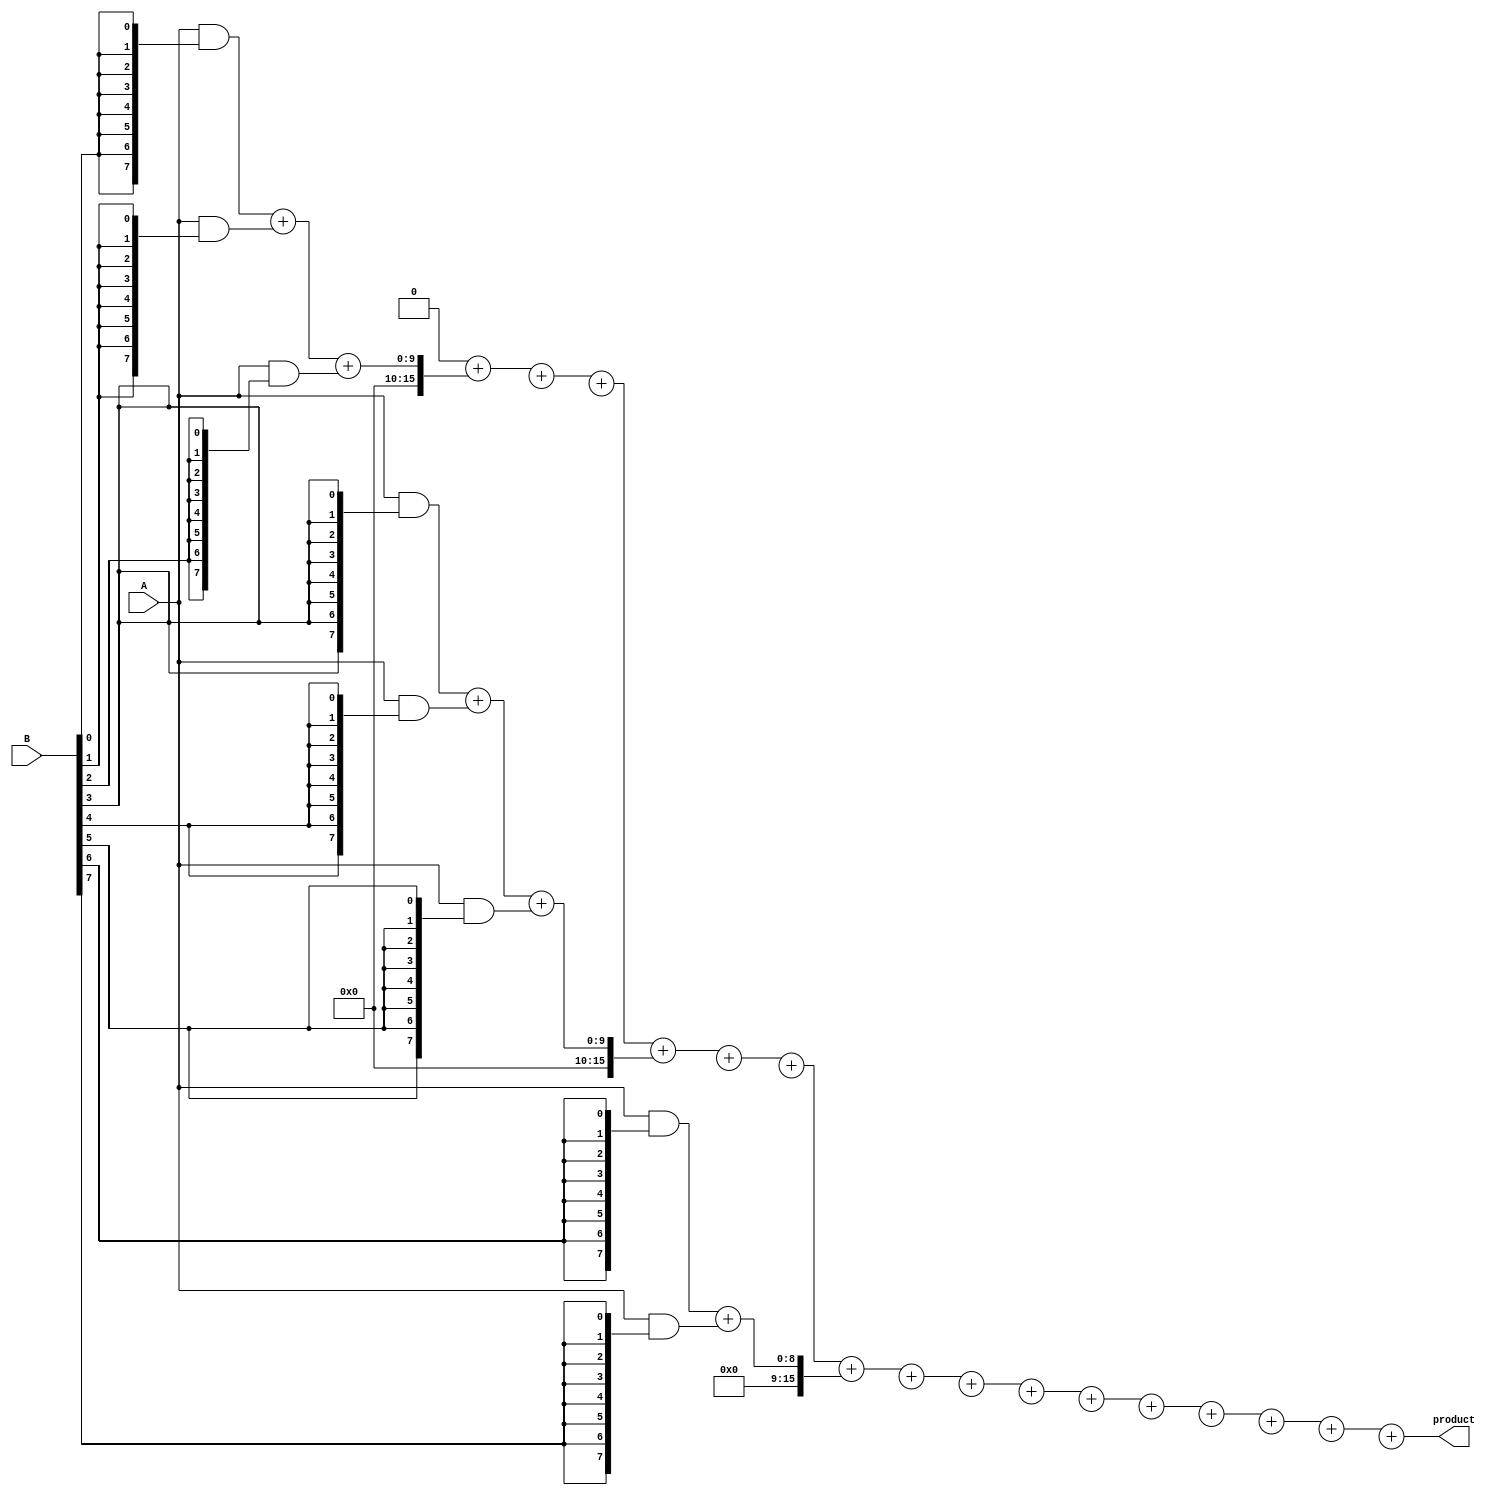
module WallaceTreeMultiplier #(parameter A_WIDTH = 8, B_WIDTH = 8)(
    input [A_WIDTH-1:0] A,
    input [B_WIDTH-1:0] B,
    output reg [A_WIDTH + B_WIDTH - 1:0] product
);
    // Internal wires for partial products
    wire [A_WIDTH-1:0] pp [0:B_WIDTH-1]; // Array of partial products
    wire [2*A_WIDTH-1:0] sum [0:A_WIDTH + B_WIDTH - 1]; // Sums for Wallace tree
    wire [A_WIDTH + B_WIDTH - 2:0] carry [0:A_WIDTH + B_WIDTH - 1]; // Carries for Wallace tree

    // Partial Product Generation
    genvar i;
    generate 
        for (i = 0; i < B_WIDTH; i = i + 1) begin: partial_products
            assign pp[i] = A & {A_WIDTH{B[i]}};
        end
    endgenerate

    // Wallace Tree Reduction
    // Stage 1: Group and reduce the partial products
    genvar j;
    generate
        for (j = 0; j < B_WIDTH; j = j + 3) begin: reduction_stage1
            if (j + 2 < B_WIDTH) begin
                // Three inputs to the full adder
                assign {carry[j], sum[j]} = pp[j] + pp[j + 1] + pp[j + 2];
            end else if (j + 1 < B_WIDTH) begin
                // Two inputs to the half adder
                assign {carry[j], sum[j]} = pp[j] + pp[j + 1];
            end else begin
                // Last single input
                assign sum[j] = pp[j];
            end
        end
    endgenerate

    // Stage 2 and subsequent stages
    // Continue reduction until one product is obtained
    integer k;
    always @(*) begin
        // Initialize the product to zero
        product = 0;

        // For simplicity, we are just adding the sums directly
        // The final addition could be optimized
        for (k = 0; k < A_WIDTH + B_WIDTH; k = k + 1) begin
            product = product + sum[k];
        end
    end

endmodule